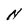
Character: N